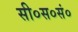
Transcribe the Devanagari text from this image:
सी०स०सं०